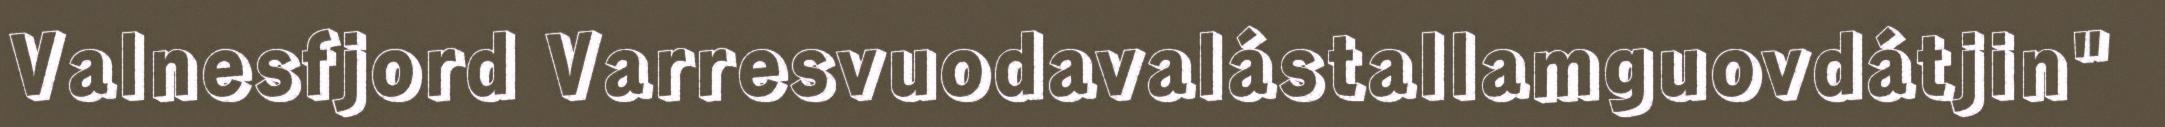
Valnesfjord Varresvuodavalástallamguovdátjin"